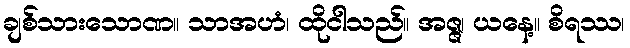
ချစ်သားသောဏ။ သာအဟံ၊ ထိုငါသည်။ အဇ္ဇ၊ ယနေ့။ စိရဿ၊